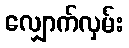
လျှောက်လှမ်း